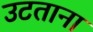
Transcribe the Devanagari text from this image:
उटताना